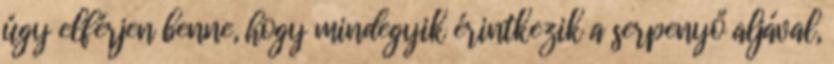
úgy elférjen benne, hogy mindegyik érintkezik a serpenyő aljával,